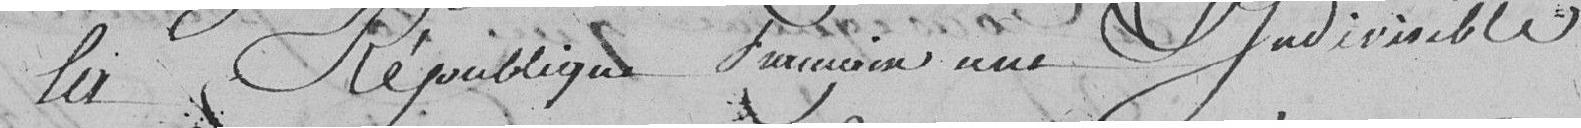
la République Française une indivisible